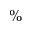
\%